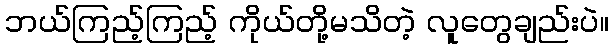
ဘယ်ကြည့်ကြည့် ကိုယ်တို့မသိတဲ့ လူတွေချည်းပဲ။